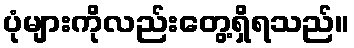
ပုံများကိုလည်းတွေ့ရှိရသည်။